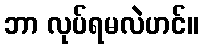
ဘာ လုပ်ရမလဲဟင်။